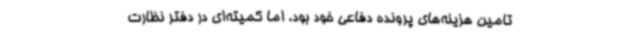
تامین هزینه‌های پرونده دفاعی خود بود. اما کمیته‌ای در دفتر نظارت